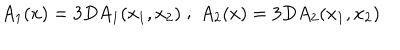
A _ { 1 } ( x ) = 3 D A _ { 1 } ( x _ { 1 } , x _ { 2 } ) \; ; \; A _ { 2 } ( x ) = 3 D A _ { 2 } ( x _ { 1 } , x _ { 2 } )